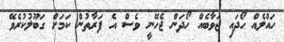
ހައްލެއް ހޯދައި ޖަވާބެއް ހޯދަން ޖެހޭނީ ވެސް އެ ފަރާތުން ކަމަށް ގަބޫލުކުރެވޭ